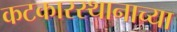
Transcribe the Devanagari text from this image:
कटकारस्थानाच्या